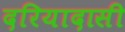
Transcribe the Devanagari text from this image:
दरियादासी